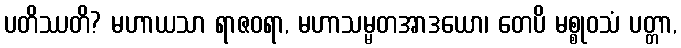
ပတိဿတိ? မဟာယသာ ရာဇဝရာ, မဟာသမ္မတအာဒယော၊ တေပိ မစ္စုဝသံ ပတ္တာ,